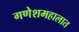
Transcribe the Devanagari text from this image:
गणेशमहालात